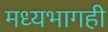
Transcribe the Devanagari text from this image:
मध्यभागही